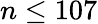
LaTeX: n\le 107